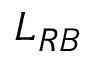
L _ { R B }